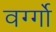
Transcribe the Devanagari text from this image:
वर्ग्गो